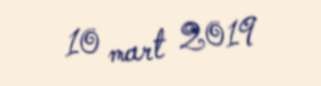
10 mart 2019